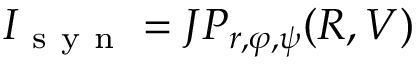
I _ { \mathrm { ~ s ~ y ~ n ~ } } = J P _ { r , \varphi , \psi } ( R , V )